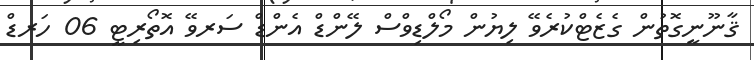
ޤާނޫނީގޮތުން ގެޒެޓްކުރެވޭ ލިޔުން މޯލްޑިވްސް ލޭންޑް އެންޑް ސަރވޭ އޮތޯރިޓީ 06 ހަރޑް